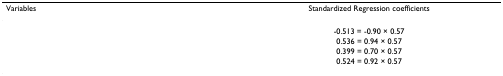
<table><thead><tr><td><b>Variables</b></td><td><b>Standardized Regression coefficients</b></td></tr></thead><tbody><tr><td>[EMPTY_CELL]</td><td>-0.513 = -0.90 × 0.57</td></tr><tr><td>[EMPTY_CELL]</td><td>0.536 = 0.94 × 0.57</td></tr><tr><td>[EMPTY_CELL]</td><td>0.399 = 0.70 × 0.57</td></tr><tr><td>[EMPTY_CELL]</td><td>0.524 = 0.92 × 0.57</td></tr></tbody></table>